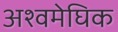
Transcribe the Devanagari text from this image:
अश्वमेघिक